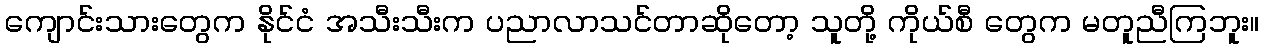
ကျောင်းသားတွေက နိုင်ငံ အသီးသီးက ပညာလာသင်တာဆိုတော့ သူတို့ ကိုယ်စီ တွေက မတူညီကြဘူး။